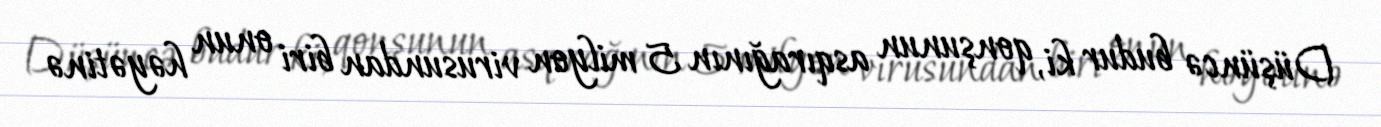
Düşüncə budur ki, qonşunun asqırağının 5 milyon virusundan biri onun həyətinə